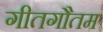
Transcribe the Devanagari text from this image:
गीतगौतम